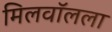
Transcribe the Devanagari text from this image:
मिलवॉलला